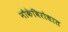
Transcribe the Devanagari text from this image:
नौकेविरोधात